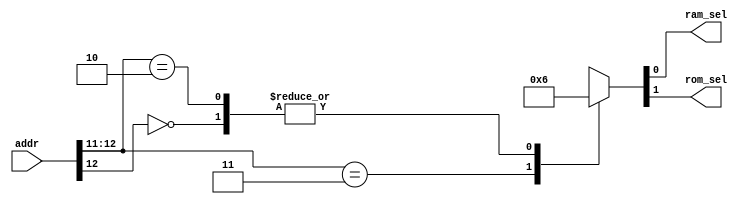
/*-----------------------------------------------\
The address decoder is used to generate a selector signal to select ROM or RAM.
1FFFH -- 1800H RAM
17FFH -- 0000H ROM
\-----------------------------------------------*/

module addr_decode (
	input [12:0] addr , // Address
	output reg ram_sel,
	output reg rom_sel
);
	always @(addr) begin
		casex(addr)
		13'b1_1xxx_xxxx_xxxx : 
			{rom_sel, ram_sel} <= 2'b01 ;
		13'b0_xxxx_xxxx_xxxx :
			{rom_sel, ram_sel} <= 2'b10 ;
		13'b1_0xxx_xxxx_xxxx :
			{rom_sel, ram_sel} <= 2'b10 ;
		default :
			{rom_sel, ram_sel} <= 2'b00 ;
		endcase	
	end

endmodule